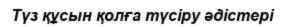
Түз құсын қолға түсіру әдістері